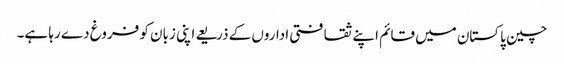
چین پاکستان میں قائم اپنے ثقافتی اداروں کے ذریعے اپنی زبان کو فروغ دے رہا ہے۔